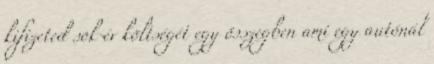
kifizeted sok év költségét egy összegben ami egy autónál